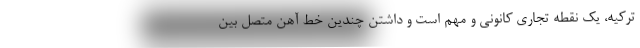
ترکیه، یک نقطه تجاری کانونی و مهم است و داشتن چندین خط آهن متصل بین